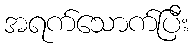
အရက်သောက်ပြီး